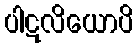
ပါဋလိယောပိ